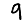
Digit: 9